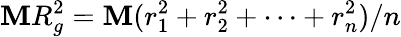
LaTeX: \mathbf{M}R_{g}^{2}=\mathbf{M}(r_{1}^{2}+r_{2}^{2}+\cdots+r_{n}^{2})/n